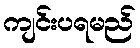
ကျင်းပရမည်